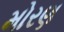
મોરણ